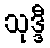
သုဒ္ဒီ